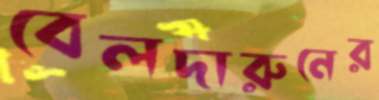
বেলদারুনের